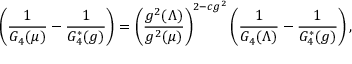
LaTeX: \left( \frac { 1 } { G _ { 4 } ( \mu ) } - \frac { 1 } { G _ { 4 } ^ { * } ( g ) } \right) = \left( \frac { g ^ { 2 } ( \Lambda ) } { g ^ { 2 } ( \mu ) } \right) ^ { 2 - c g ^ { 2 } } \left( \frac { 1 } { G _ { 4 } ( \Lambda ) } - \frac { 1 } { G _ { 4 } ^ { * } ( g ) } \right) ,